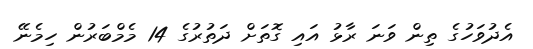
އެދުވަހުގެ ތިން ވަނަ ރާޅު އައި ގޮތަށް ދަތުރުގެ 14 މެމްބަރުން ހިމެނޭ